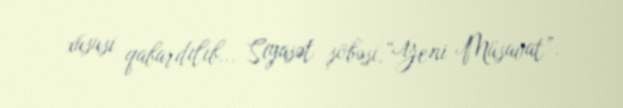
xüsusi qabardılıb... Siyasət şöbəsi,“Yeni Müsavat”.